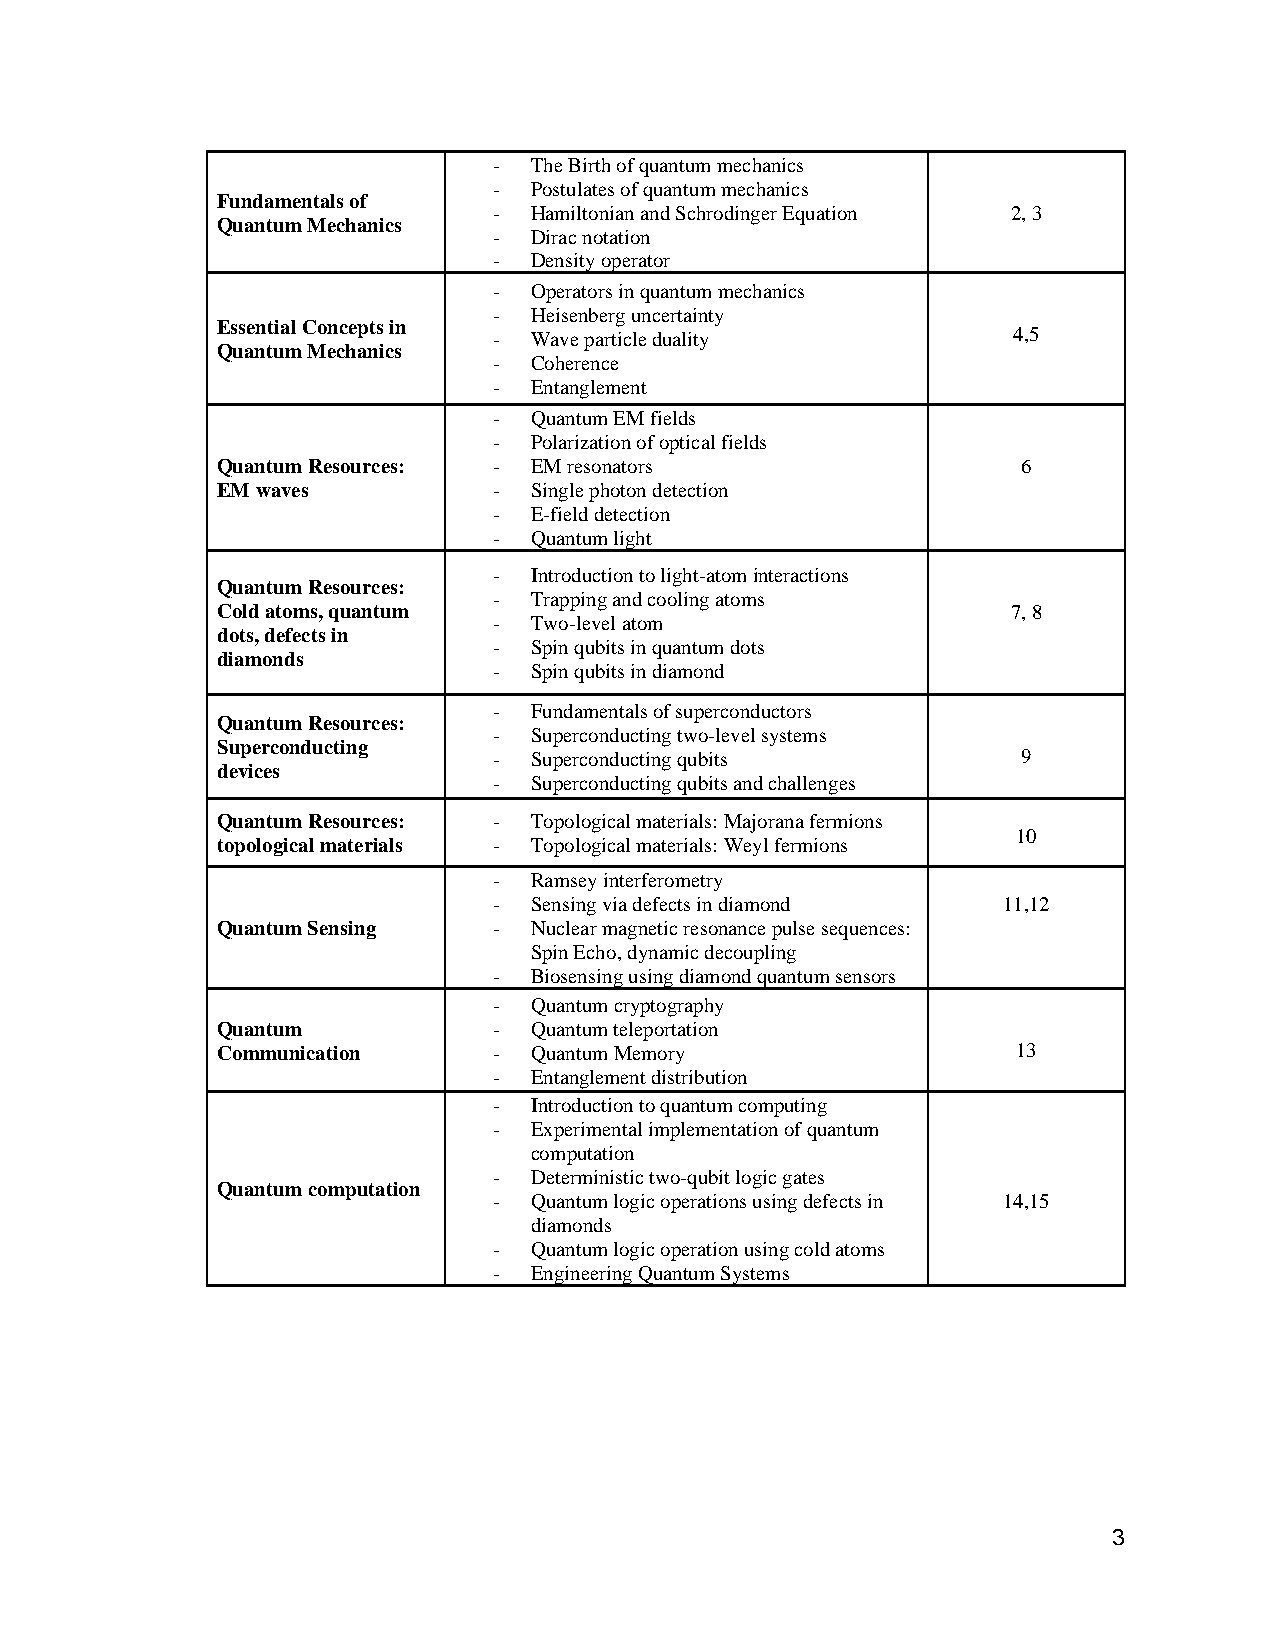
- The Birth of quantum mechanics
 - Postulates of quantum mechanics
 Fundamentals of
 - Hamiltonian and Schrodinger Equation 2, 3
 Quantum Mechanics
 - Dirac notation
 - Density operator
 - Operators in quantum mechanics
 - Heisenberg uncertainty
 Essential Concepts in
 - Wave particle duality           4,5
 Quantum Mechanics
 - Coherence
 - Entanglement
 - Quantum EM fields
 - Polarization of optical fields
 Quantum Resources: - EM resonators                    6
 EM waves           - Single photon detection
 - E-field detection
 - Quantum light
 - Introduction to light-atom interactions
 Quantum Resources:
 - Trapping and cooling atoms
 Cold atoms, quantum                                  7, 8
 - Two-level atom
 dots, defects in
 - Spin qubits in quantum dots
 diamonds
 - Spin qubits in diamond
 - Fundamentals of superconductors
 Quantum Resources:
 - Superconducting two-level systems
 Superconducting
 - Superconducting qubits           9
 devices
 - Superconducting qubits and challenges
 Quantum Resources: - Topological materials: Majorana fermions
 10
 topological materials - Topological materials: Weyl fermions
 - Ramsey interferometry
 - Sensing via defects in diamond 11,12
 Quantum Sensing    - Nuclear magnetic resonance pulse sequences:
 Spin Echo, dynamic decoupling
 - Biosensing using diamond quantum sensors
 - Quantum cryptography
 Quantum            - Quantum teleportation
 Communication      - Quantum Memory                  13
 - Entanglement distribution
 - Introduction to quantum computing
 - Experimental implementation of quantum
 computation
 - Deterministic two-qubit logic gates
 Quantum computation
 - Quantum logic operations using defects in 14,15
 diamonds
 - Quantum logic operation using cold atoms
 - Engineering Quantum Systems
 3